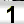
Digit: 1